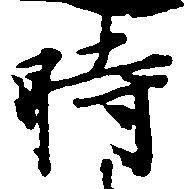
時